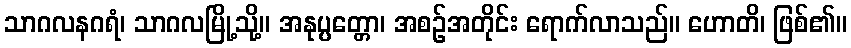
သာဂလနဂရံ၊ သာဂလမြို့သို့။ အနုပ္ပတ္တော၊ အစဉ်အတိုင်း ရောက်လာသည်။ ဟောတိ၊ ဖြစ်၏။